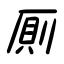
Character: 厠